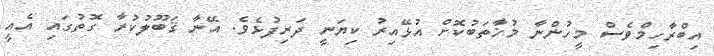
އިބްރާހިމްވެސް މީހުންނާ މުޚާތަބުކޮށް އުޅޭއިރު ކިޔަނީ ދަރިފުޅެވެ. އޭނާ ޤަބޫލުކުރާ ގޮތުގައި އެއީ